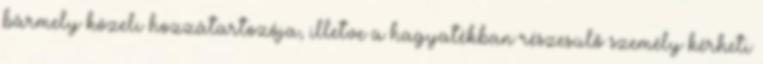
bármely közeli hozzátartozója, illetve a hagyatékban részesülő személy kérheti